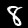
Label: 8